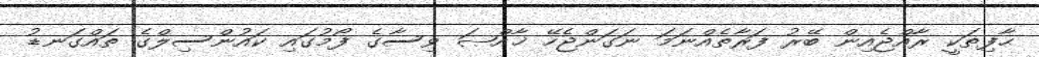
ޙާފިޡަކީ ރާއްޖެއިން ބޭރު ފަރާތެއްނަމަ ނަގަންޖެހޭ ޚާއްޞަ ވިސާގެ ފޯމުގައި ކައުންސިލްގެ ތައްގަނޑު